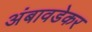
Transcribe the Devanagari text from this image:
अंबावडेकर